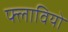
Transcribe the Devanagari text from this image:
फ्लावियो